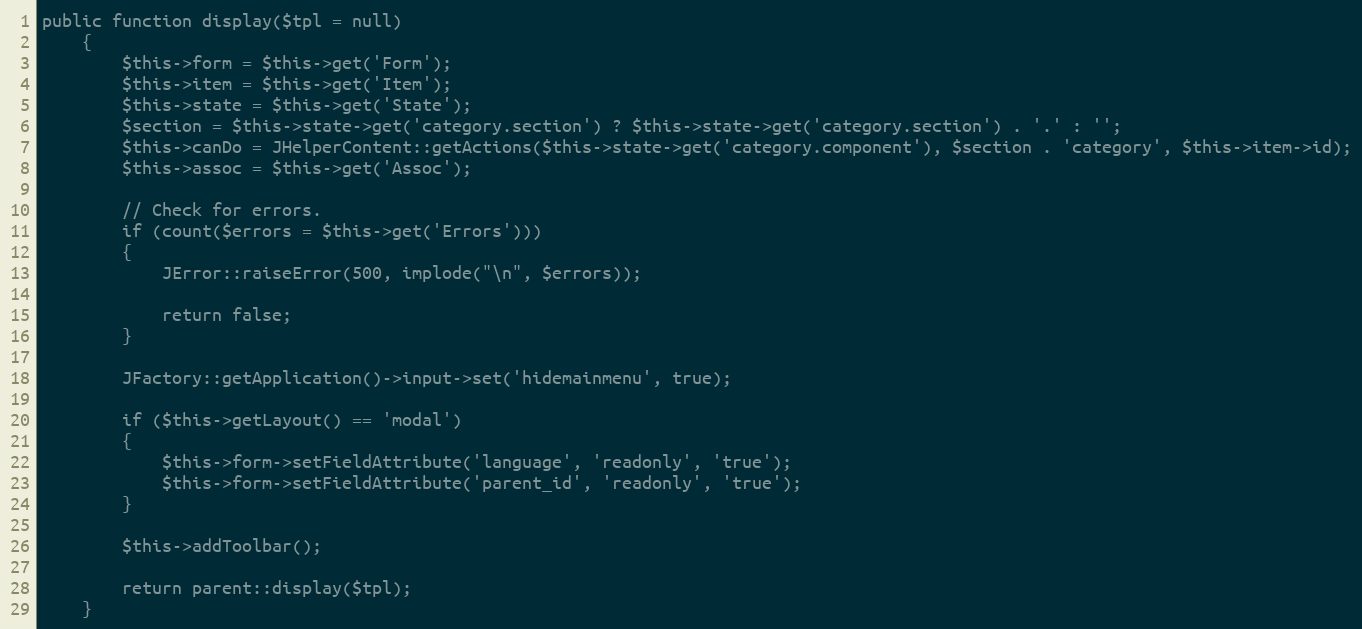
Language: PHP
public function display($tpl = null)
	{
		$this->form = $this->get('Form');
		$this->item = $this->get('Item');
		$this->state = $this->get('State');
		$section = $this->state->get('category.section') ? $this->state->get('category.section') . '.' : '';
		$this->canDo = JHelperContent::getActions($this->state->get('category.component'), $section . 'category', $this->item->id);
		$this->assoc = $this->get('Assoc');

		// Check for errors.
		if (count($errors = $this->get('Errors')))
		{
			JError::raiseError(500, implode("\n", $errors));

			return false;
		}

		JFactory::getApplication()->input->set('hidemainmenu', true);

		if ($this->getLayout() == 'modal')
		{
			$this->form->setFieldAttribute('language', 'readonly', 'true');
			$this->form->setFieldAttribute('parent_id', 'readonly', 'true');
		}

		$this->addToolbar();

		return parent::display($tpl);
	}